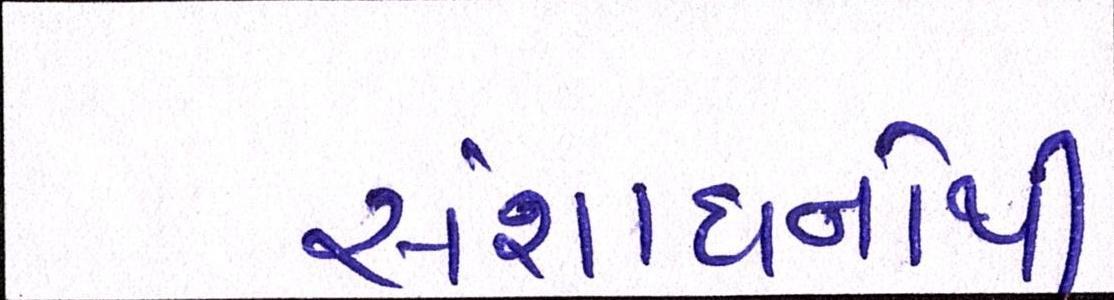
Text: સંશોધનોથી